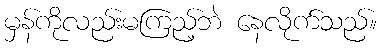
မှန်ကိုလည်းမကြည့်ဘဲ နေလိုက်သည်။